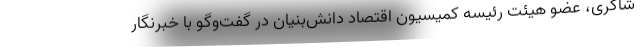
شاکری، عضو هیئت رئیسه کمیسیون اقتصاد دانش‌بنیان در گفت‌وگو با خبرنگار